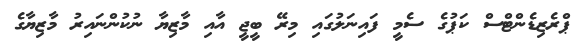
ޕްރެޒިޑެންޓްސް ކަޕުގެ ސެމީ ފައިނަލުގައި މިރޭ ބީޖީ އާއި މާޒިޔާ ނުކުންނައިރު މާޒިޔާގެ